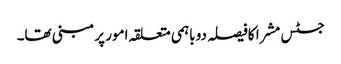
جسٹس مشرا کافیصلہ دو باہمی متعلقہ امور پر مبنی تھا۔